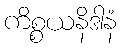
ကိစ္စယနိဒါနံ